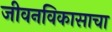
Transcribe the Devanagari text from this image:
जीवनविकासाचा